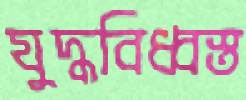
যুদ্ধবিধ্বস্ত